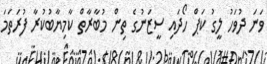
ވަނަ ދުވަހު ލީގު ކަޕް ހޯދައި ސީޒަނުގެ ތިން މުބާރާތް ކާމިޔާބުކުރާ ފުރަތަމަ